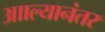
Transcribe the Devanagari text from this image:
आाल्यानंतर